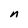
Character: n